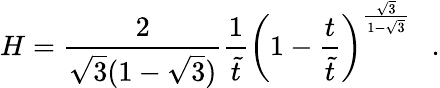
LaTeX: H=\frac{2}{\sqrt{3}(1-\sqrt{3})}\frac{1}{\tilde{t}}\left(1-\frac{t}{\tilde{t}}\right)^{\frac{\sqrt{3}}{1-\sqrt{3}}}~~~.